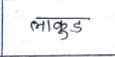
मजकूर: लाकूड